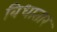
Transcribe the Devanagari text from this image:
बिधातार